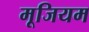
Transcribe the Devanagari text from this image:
मूजियम